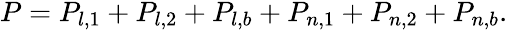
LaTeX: \begin{array}{r}{P=P_{l,1}+P_{l,2}+P_{l,b}+P_{n,1}+P_{n,2}+P_{n,b}.}\end{array}